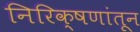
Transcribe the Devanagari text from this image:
निरिक्षणांतून